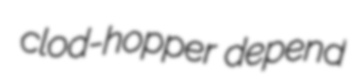
clod-hopper depend